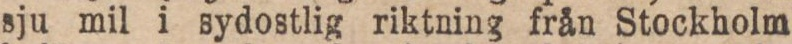
sju mil i sydostlig riktning från Stockholm